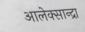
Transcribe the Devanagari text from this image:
आलेक्सान्द्रा